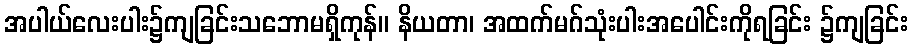
အပါယ်လေးပါး၌ကျခြင်းသဘောမရှိကုန်။ နိယတာ၊ အထက်မဂ်သုံးပါးအပေါင်းကိုရခြင်း ၌ကျခြင်း